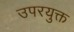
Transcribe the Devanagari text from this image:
उपरयुक्त